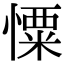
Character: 憟